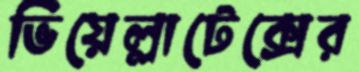
ভিয়েল্লাটেক্সের